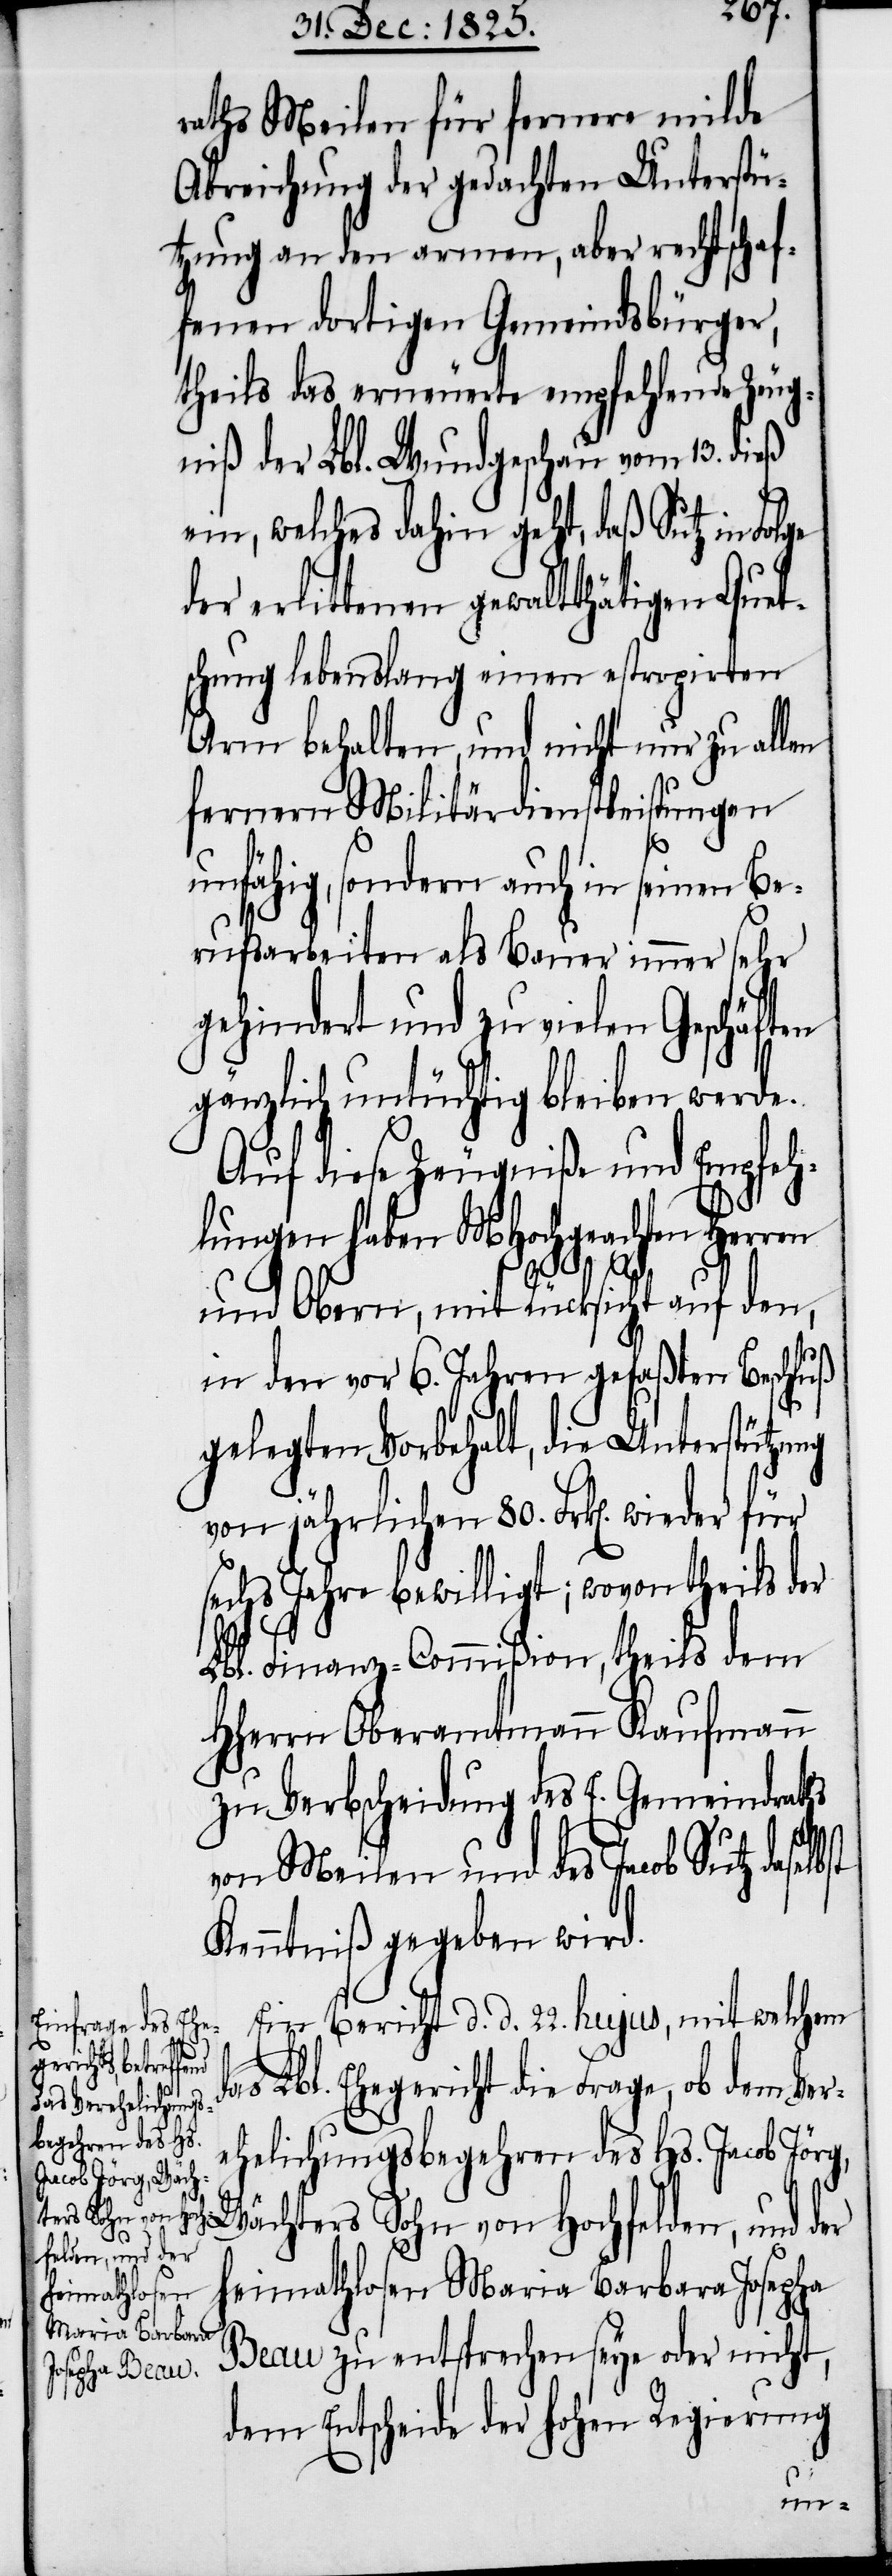
raths Meilen für fernere milde
Abreichung der gedachten Unterstü¬
tzung an den armen, aber rechtschaf¬
fenen dortigen Gemeindsbürger,
theils das erneuerte empfehlende Zeug¬
niß der Lbl. Wundgeschau vom 13. dieß
ein, welches dahin geht, daß Sutz in Folge
der erlittenen gewaltthätigen Quet¬
schung lebenslang einen estropirten
Arm behalten, und nicht nur zu allen
fernern Militärdienstleistungen
unfähig, sondern auch in seinen Be¬
rufsarbeiten als Bauer immer sehr
gehindert und zu vielen Geschäften
gänzlich untüchtig bleiben werde.
Auf diese Zeugniße und Empfeh¬
lungen haben MHochgeachten Herren
bst
und Obern, mit Rücksicht auf den,
in den vor 6. Jahren gefaßten Beschluß
gelegten Vorbehalt, die Unterstützung
von jährlichen 80. Frk[en]. wieder
sechs Jahre bewilligt, wovon theils der
Lbl. Finanz-Commißion, theils dem
HHerrn Oberamtmann Kaufmann
zu Verbscheidung des E. Gemeindraths
von Meilen und des Jacob Sutz dasel¬
Kenntniß gegeben wird.
Ein Bericht d. d. 22. hujus, mit welchem
das Lbl. Ehegericht die Frage, ob dem Ver¬
ehelichungsbegehren des Hs. Jacob
Wächters Sohn von Hochfelden, und der
Heimathlosen Maria Barbara Josepha
Beau zu entsprechen seye oder nicht,
dem Entscheide der hohen Regierung